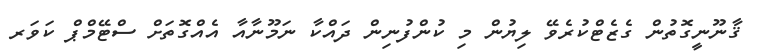
ޤާނޫނީގޮތުން ގެޒެޓްކުރެވޭ ލިޔުން މި ކުންފުނިން ދައްކާ ނަމޫނާއާ އެއްގޮތަށް ސްޓޭމްޕް ކަވަރ